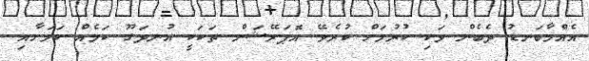
އެއްމާބަނޑު ދެބެން ވަކި ކުރުމަށް ކުރެވޭ އޮޕަރޭޝަން ތަކަކީ އުނދަގޫ ކަމެއް ކަމަށާއި